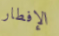
الإفطار